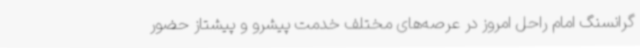
گرانسنگ امام راحل امروز در عرصه‌های مختلف خدمت پیشرو و پیشتاز حضور